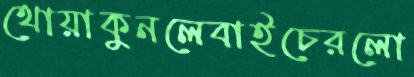
থোয়াকুনলেবাইচেরলো